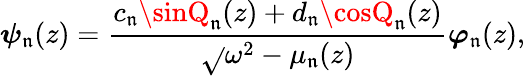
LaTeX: \boldsymbol{\psi}_{\mathfrak{n}}(z)=\frac{{c_{\mathfrak{n}}\sinQ_{\mathfrak{n}}(z)+d_{\mathfrak{n}}\cosQ_{\mathfrak{n}}(z)}}{{\sqrt{}{{\omega^{2}-\mu_{\mathfrak{n}}(z)}}}}\boldsymbol{\varphi}_{\mathfrak{n}}(z),